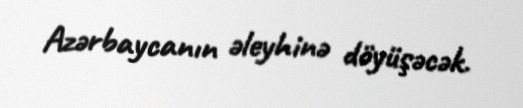
Azərbaycanın əleyhinə döyüşəcək.